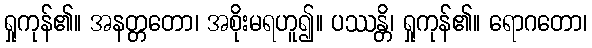
ရှုကုန်၏။ အနတ္တတော၊ အစိုးမရဟူ၍။ ပဿန္တိ၊ ရှုကုန်၏။ ရောဂတော၊